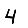
Digit: 4